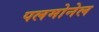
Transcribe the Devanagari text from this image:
पलमोनेल